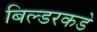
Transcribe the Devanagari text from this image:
बिल्डरकडे